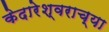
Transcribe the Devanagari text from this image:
केदारेश्वराच्या